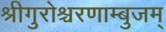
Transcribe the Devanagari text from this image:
श्रीगुरोश्चरणाम्बुजम्